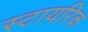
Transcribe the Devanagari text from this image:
स्टायरिक